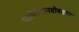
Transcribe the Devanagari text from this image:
पाकिस्तानसोबतच्या